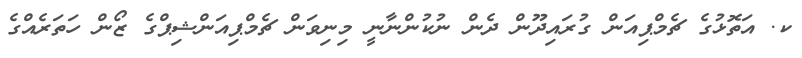
ކ. އަތޮޅުގެ ޗެމްޕިއަން ގުރައިދޫން ދެން ނުކުންނާނީ މިނިވަން ޗެމްޕިއަންޝިޕްގެ ޒޯން ހަތަރެއްގެ